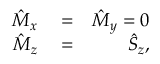
\begin{array} { r l r } { \hat { M } _ { x } } & { { } = } & { \hat { M } _ { y } = 0 } \\ { \hat { M } _ { z } } & { { } = } & { \hat { S } _ { z } , } \end{array}